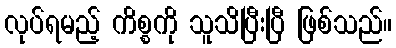
လုပ်ရမည့် ကိစ္စကို သူသိပြီးပြီ ဖြစ်သည်။